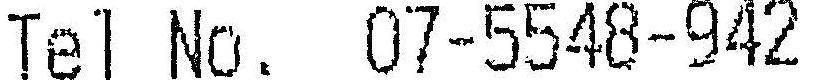
TEL NO. 07-5548-942